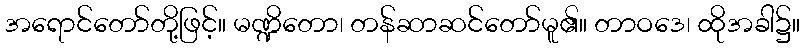
အရောင်တော်တို့ဖြင့်။ မဏ္ဍိတော၊ တန်ဆာဆင်တော်မူ၏။ တာဝဒေ၊ ထိုအခါ၌။